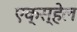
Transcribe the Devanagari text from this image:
एक्स्हेल